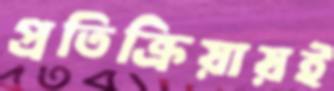
প্রতিক্রিয়ায়ই